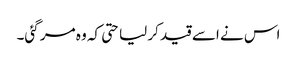
اس نے اسے قید کر لیا حتی کہ وہ مر گئی۔